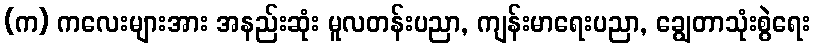
(က) ကလေးများအား အနည်းဆုံး မူလတန်းပညာ, ကျန်းမာရေးပညာ, ချွေတာသုံးစွဲရေး